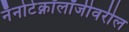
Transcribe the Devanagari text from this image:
नॅनोटेक्नॉलॉजीवरील